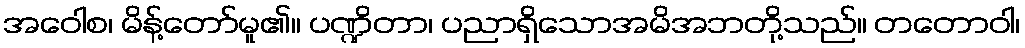
အဝေါစ၊ မိန့်တော်မူ၏။ ပဏ္ဍိတာ၊ ပညာရှိသောအမိအဘတို့သည်။ တတောဝါ၊